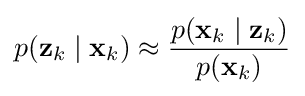
p(\mathbf {z} _{k}\mid \mathbf {x} _{k})\approx {\frac {p(\mathbf {x} _{k}\mid \mathbf {z} _{k})}{p(\mathbf {x} _{k})}}